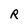
Character: R